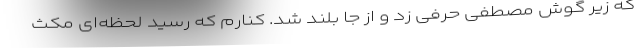
که زیر گوش مصطفی حرفی زد و از جا بلند شد. کنارم که رسید لحظه‌ای مکث